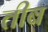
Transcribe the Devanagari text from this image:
तीब